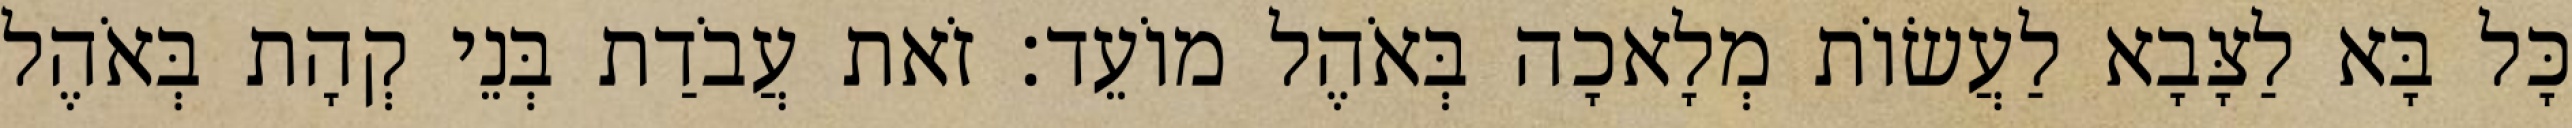
כָּל בָּא לַצָּבָא לַעֲשׂוֹת מְלָאכָה בְּאֹהֶל מוֹעֵד׃ זֹאת עֲבֹדַת בְּנֵי קְהָת בְּאֹהֶל